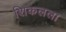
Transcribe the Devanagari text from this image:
शिकलला